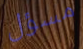
مسؤل